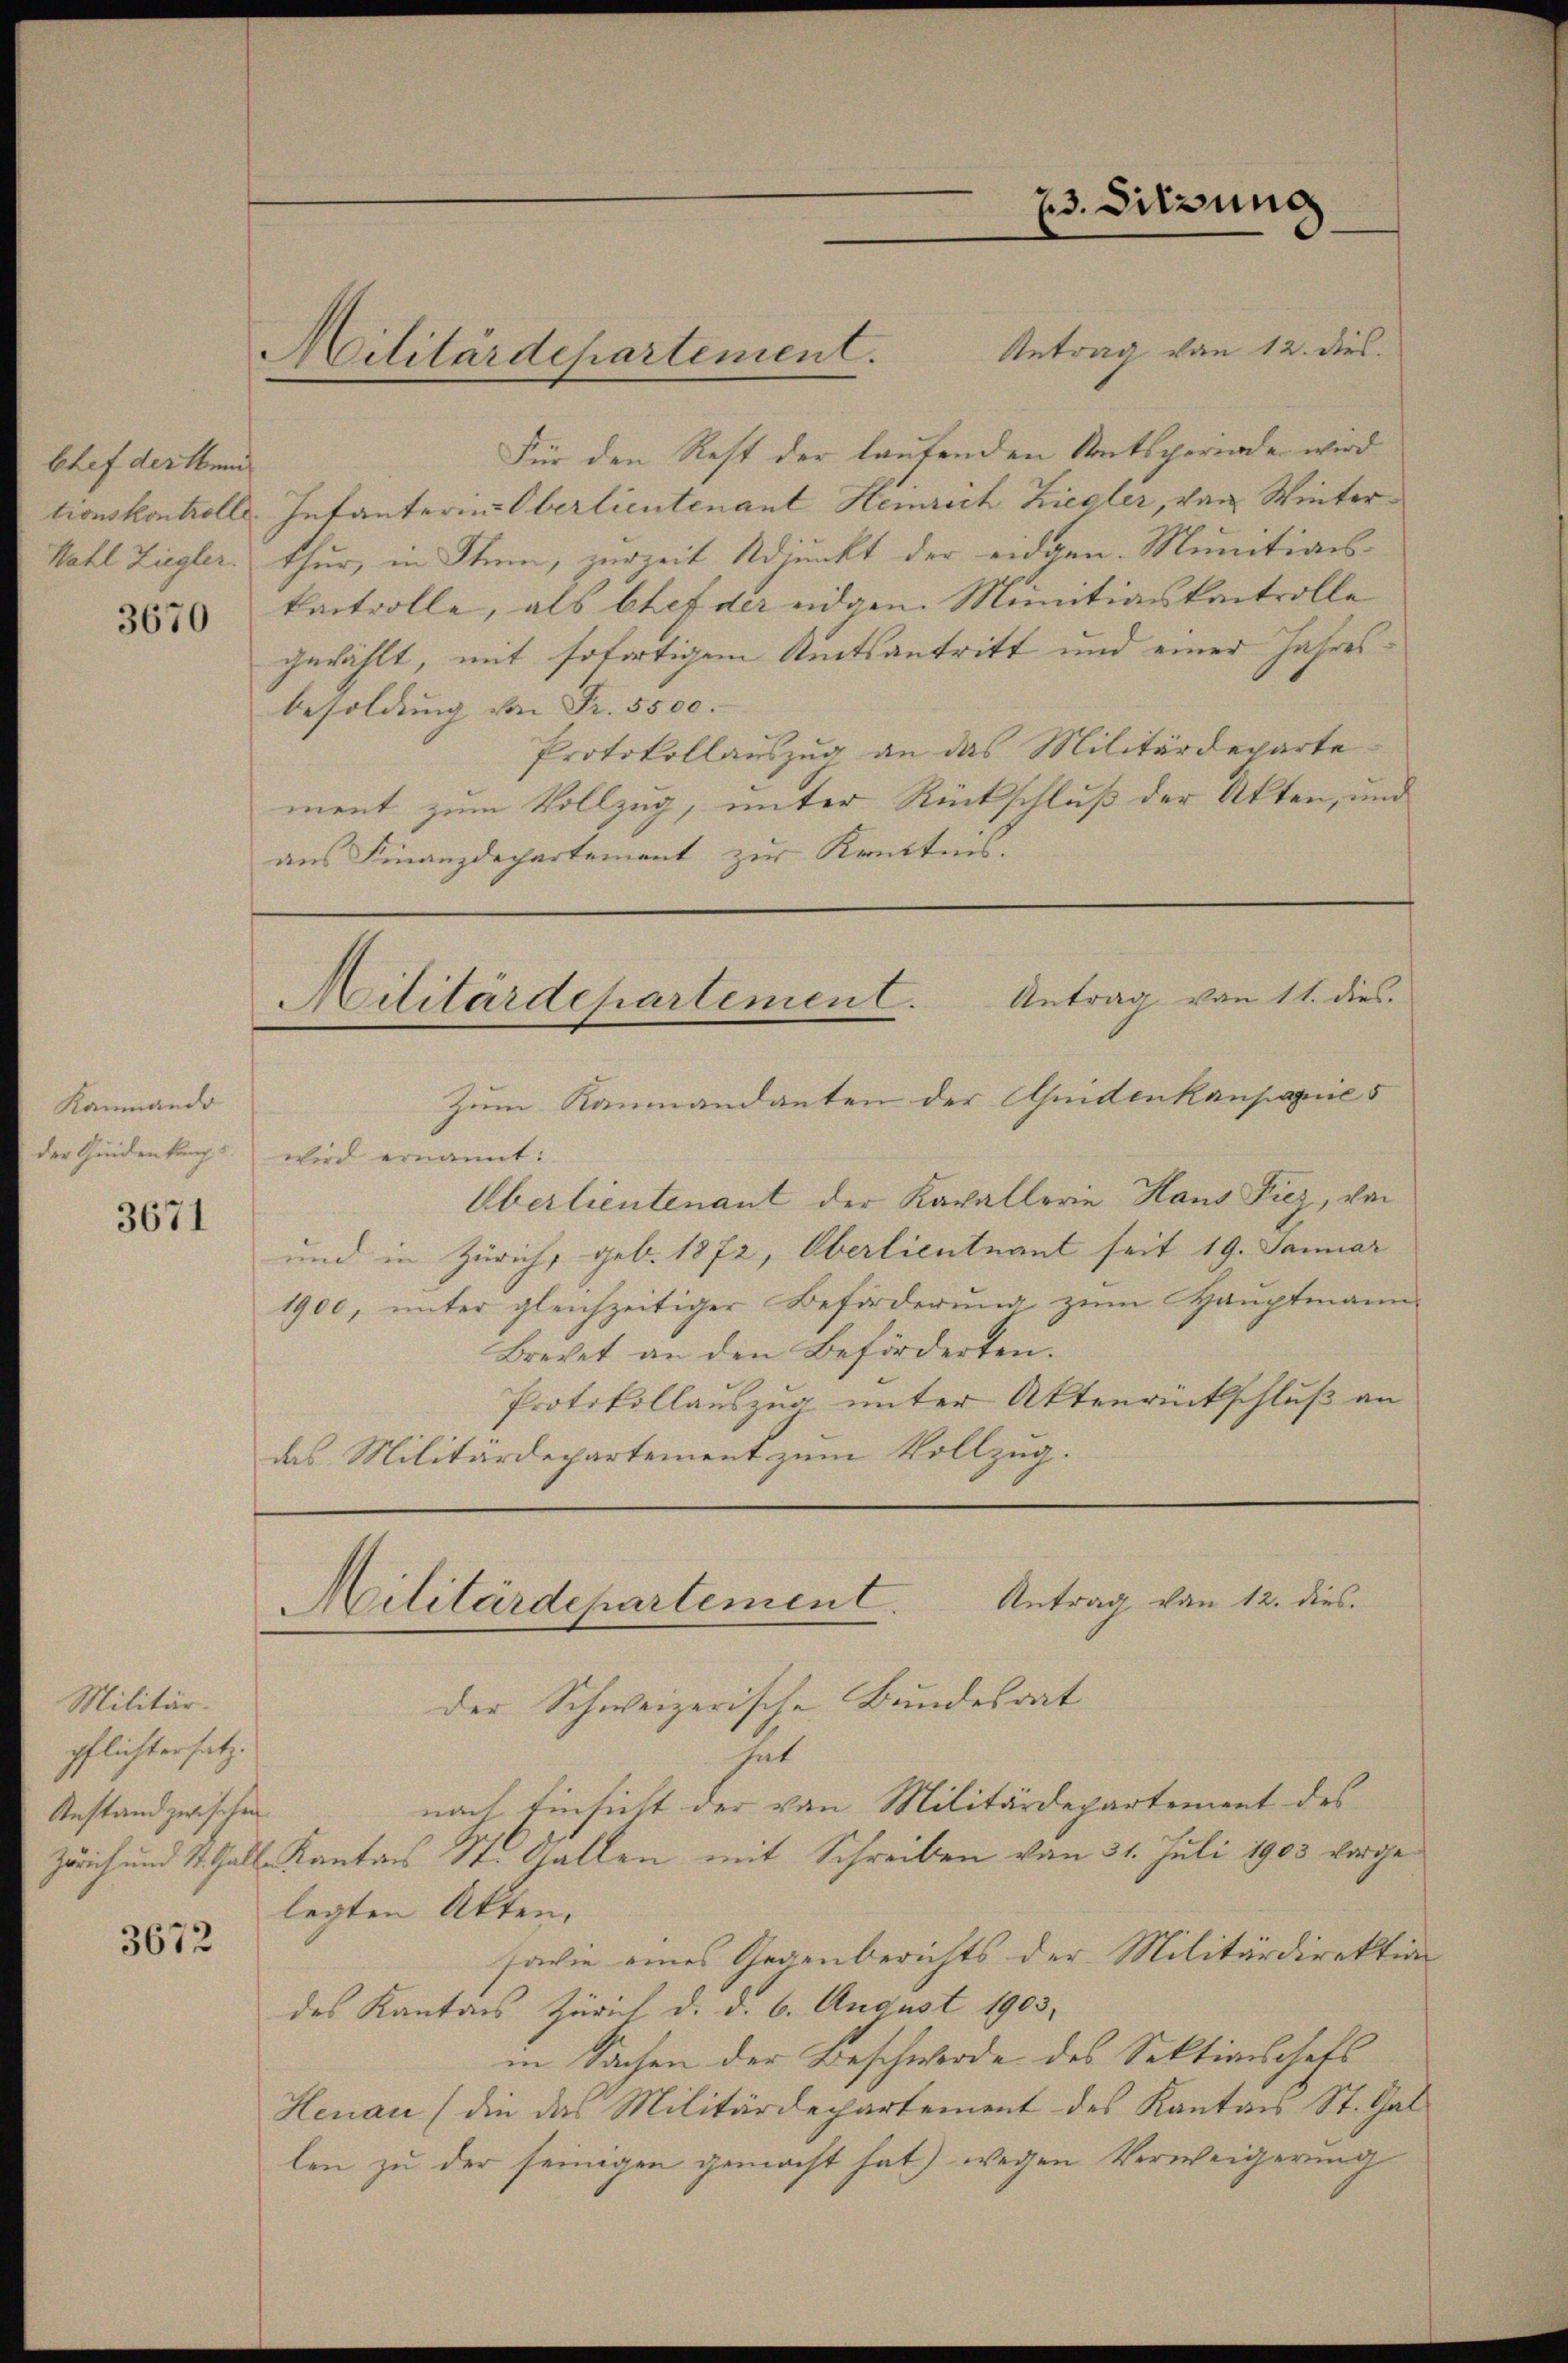
Chef der thun
tionskontrolle.

3670

Kanmando
der Gedenkungs

3671

Militärdepartement.

Antrag von 12. dies
Für den Rest der laufenden Ratsperiode wird
Infanterin Oberlieutenant Heinrich Ziegler, von Winter¬
Wahl Ziegler. thur, in Ihm, zurzeit Adjunkt der eidgen. Munitionskontrolle, als Chef der eidgen. Munitiaskontrolle
gewählt, mit sofortigem Amtsantritt und einer Jahresbesoldung von Fr. 5500.
Protokollauszug an das Militärdepartement zum Vollzug, unter Rückschluß der Akten, und
aus Finanzdepartement zur Kenntnis.

Militär
pflichtersatz.
Anstand zwischen
3672

23. Sitzung

Militärdepartement. Antrag von 11. dies

Militärdepartement. Antrag von 12. dies
der Schweizerische Bundesrat
hat

nach Einsicht der von Militärdepartement des

Zum Kanmandanten der Aidenkanpapie 5
wird ernannt:
Oberlieutenant der Kavallerie Hans Fiez, von
und in Zürich, geb. 1872, Oberlieutnant seit 19. Januar
1900, unter gleichzeitiger Beförderŭng zŭm Hauptmann
Brevet an den Beförderten.
Protokollauszug unter Aktenrückschluß an
das Militärdepartement zum Vollzug.

Zürich und St. Gall. Kantons St. Gallen mit Schreiben vom 31. Juli 1903 vorgelegten Akten.
sowie eines Gegenberichts der Militärdirektion
des Kantons Zürich d. d. 6. August 1903,
in Sachen der Beschwerde des Sektionschaft
Henau (die das Militärdepartement des Kanton St. Gal
len zu der seinigen gemacht hat) wegen Verweigerung